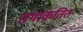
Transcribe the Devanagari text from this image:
तथाकतित